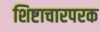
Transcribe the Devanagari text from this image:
शिष्टाचारपरक